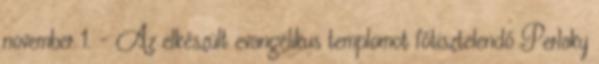
november 1. – Az elkészült evangélikus templomot főtisztelendő Perlaky